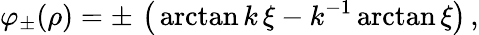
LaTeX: \varphi_{\pm}(\rho)=\pm\, \left(\, \arctan{k\, \xi}-k^{-1}\arctan{\xi}\right)\, ,